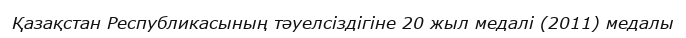
Қазақстан Республикасының тәуелсіздігіне 20 жыл медалі (2011) медалы